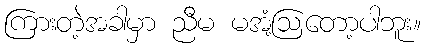
ကြားတဲ့အခါမှာ ညီမ မအံ့ဩတော့ပါဘူး။